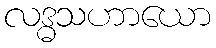
လဒ္ဓသဟာယော